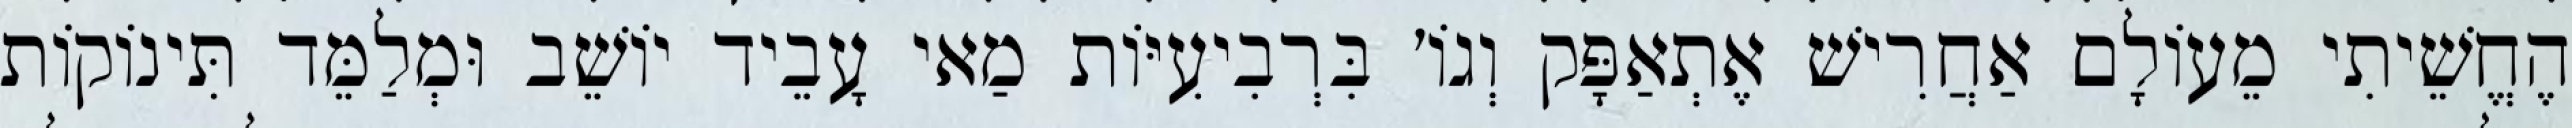
הֶחֱשֵׁיתִי מֵעוֹלָם אַחֲרִישׁ אֶתְאַפָּק וְגוֹ׳ בִּרְבִיעִיּוֹת מַאי עָבֵיד יוֹשֵׁב וּמְלַמֵּד תִּינוֹקוֹת